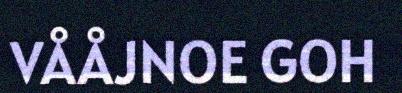
VÅÅJNOE GOH